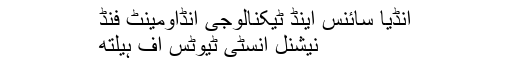
انڈیا سائنس اینڈ ٹیکنالوجی اِنڈاؤمینٹ فنڈ
نیشنل انسٹی ٹیوٹس آف ہیلتھ